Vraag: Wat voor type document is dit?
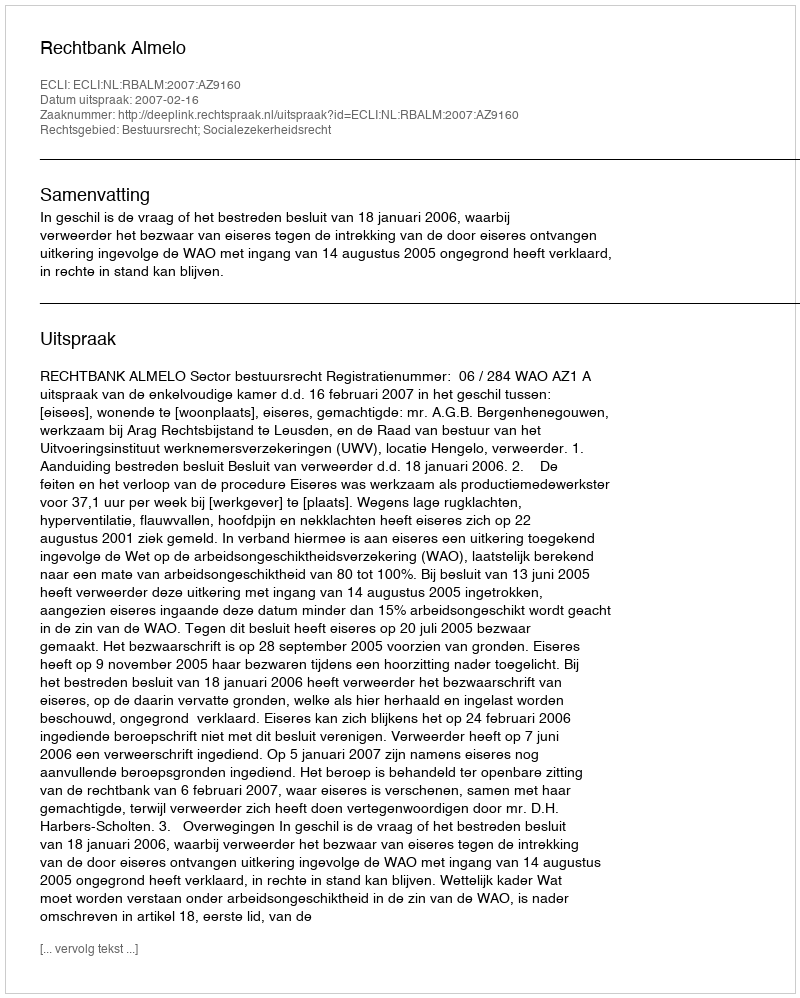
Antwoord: Uitspraak